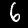
Label: 6